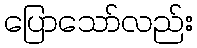
ပြောသော်လည်း